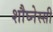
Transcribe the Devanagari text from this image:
शौघ्नेस्सी